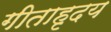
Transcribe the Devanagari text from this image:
गीताहृदय